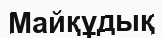
Майқұдық